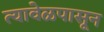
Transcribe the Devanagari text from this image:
त्यावेळपासून